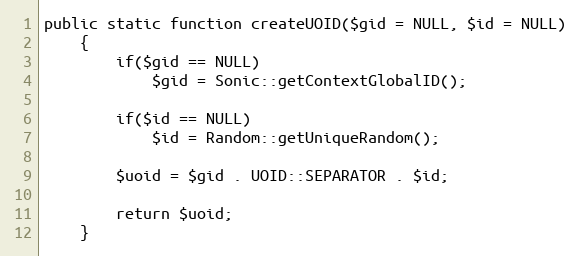
Language: PHP
public static function createUOID($gid = NULL, $id = NULL)
	{
		if($gid == NULL)
			$gid = Sonic::getContextGlobalID();

		if($id == NULL)
			$id = Random::getUniqueRandom();

		$uoid = $gid . UOID::SEPARATOR . $id;

		return $uoid;
	}